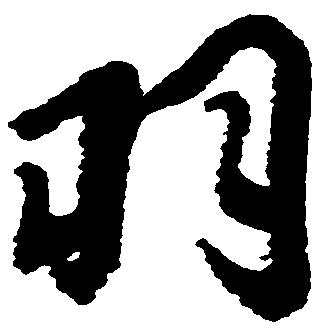
羽